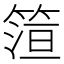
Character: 𬕠